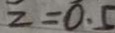
z = 0 . 5